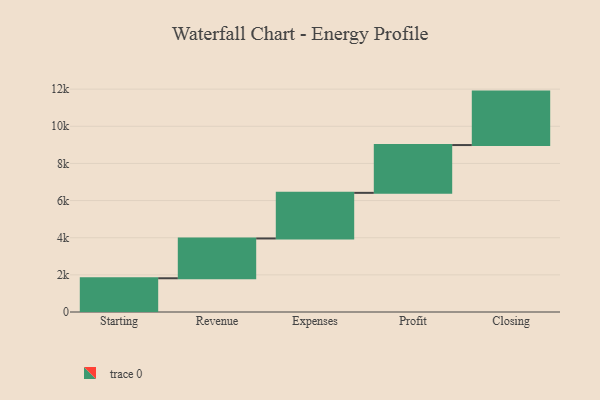
{"axis": {"x": "Step", "y": "Value"}, "legend": [""], "data": [{"x": "Starting", "y": 1817.0, "type": ""}, {"x": "Revenue", "y": 2143.0, "type": ""}, {"x": "Expenses", "y": 2456.0, "type": ""}, {"x": "Profit", "y": 2574.0, "type": ""}, {"x": "Closing", "y": 2878.0, "type": ""}]}